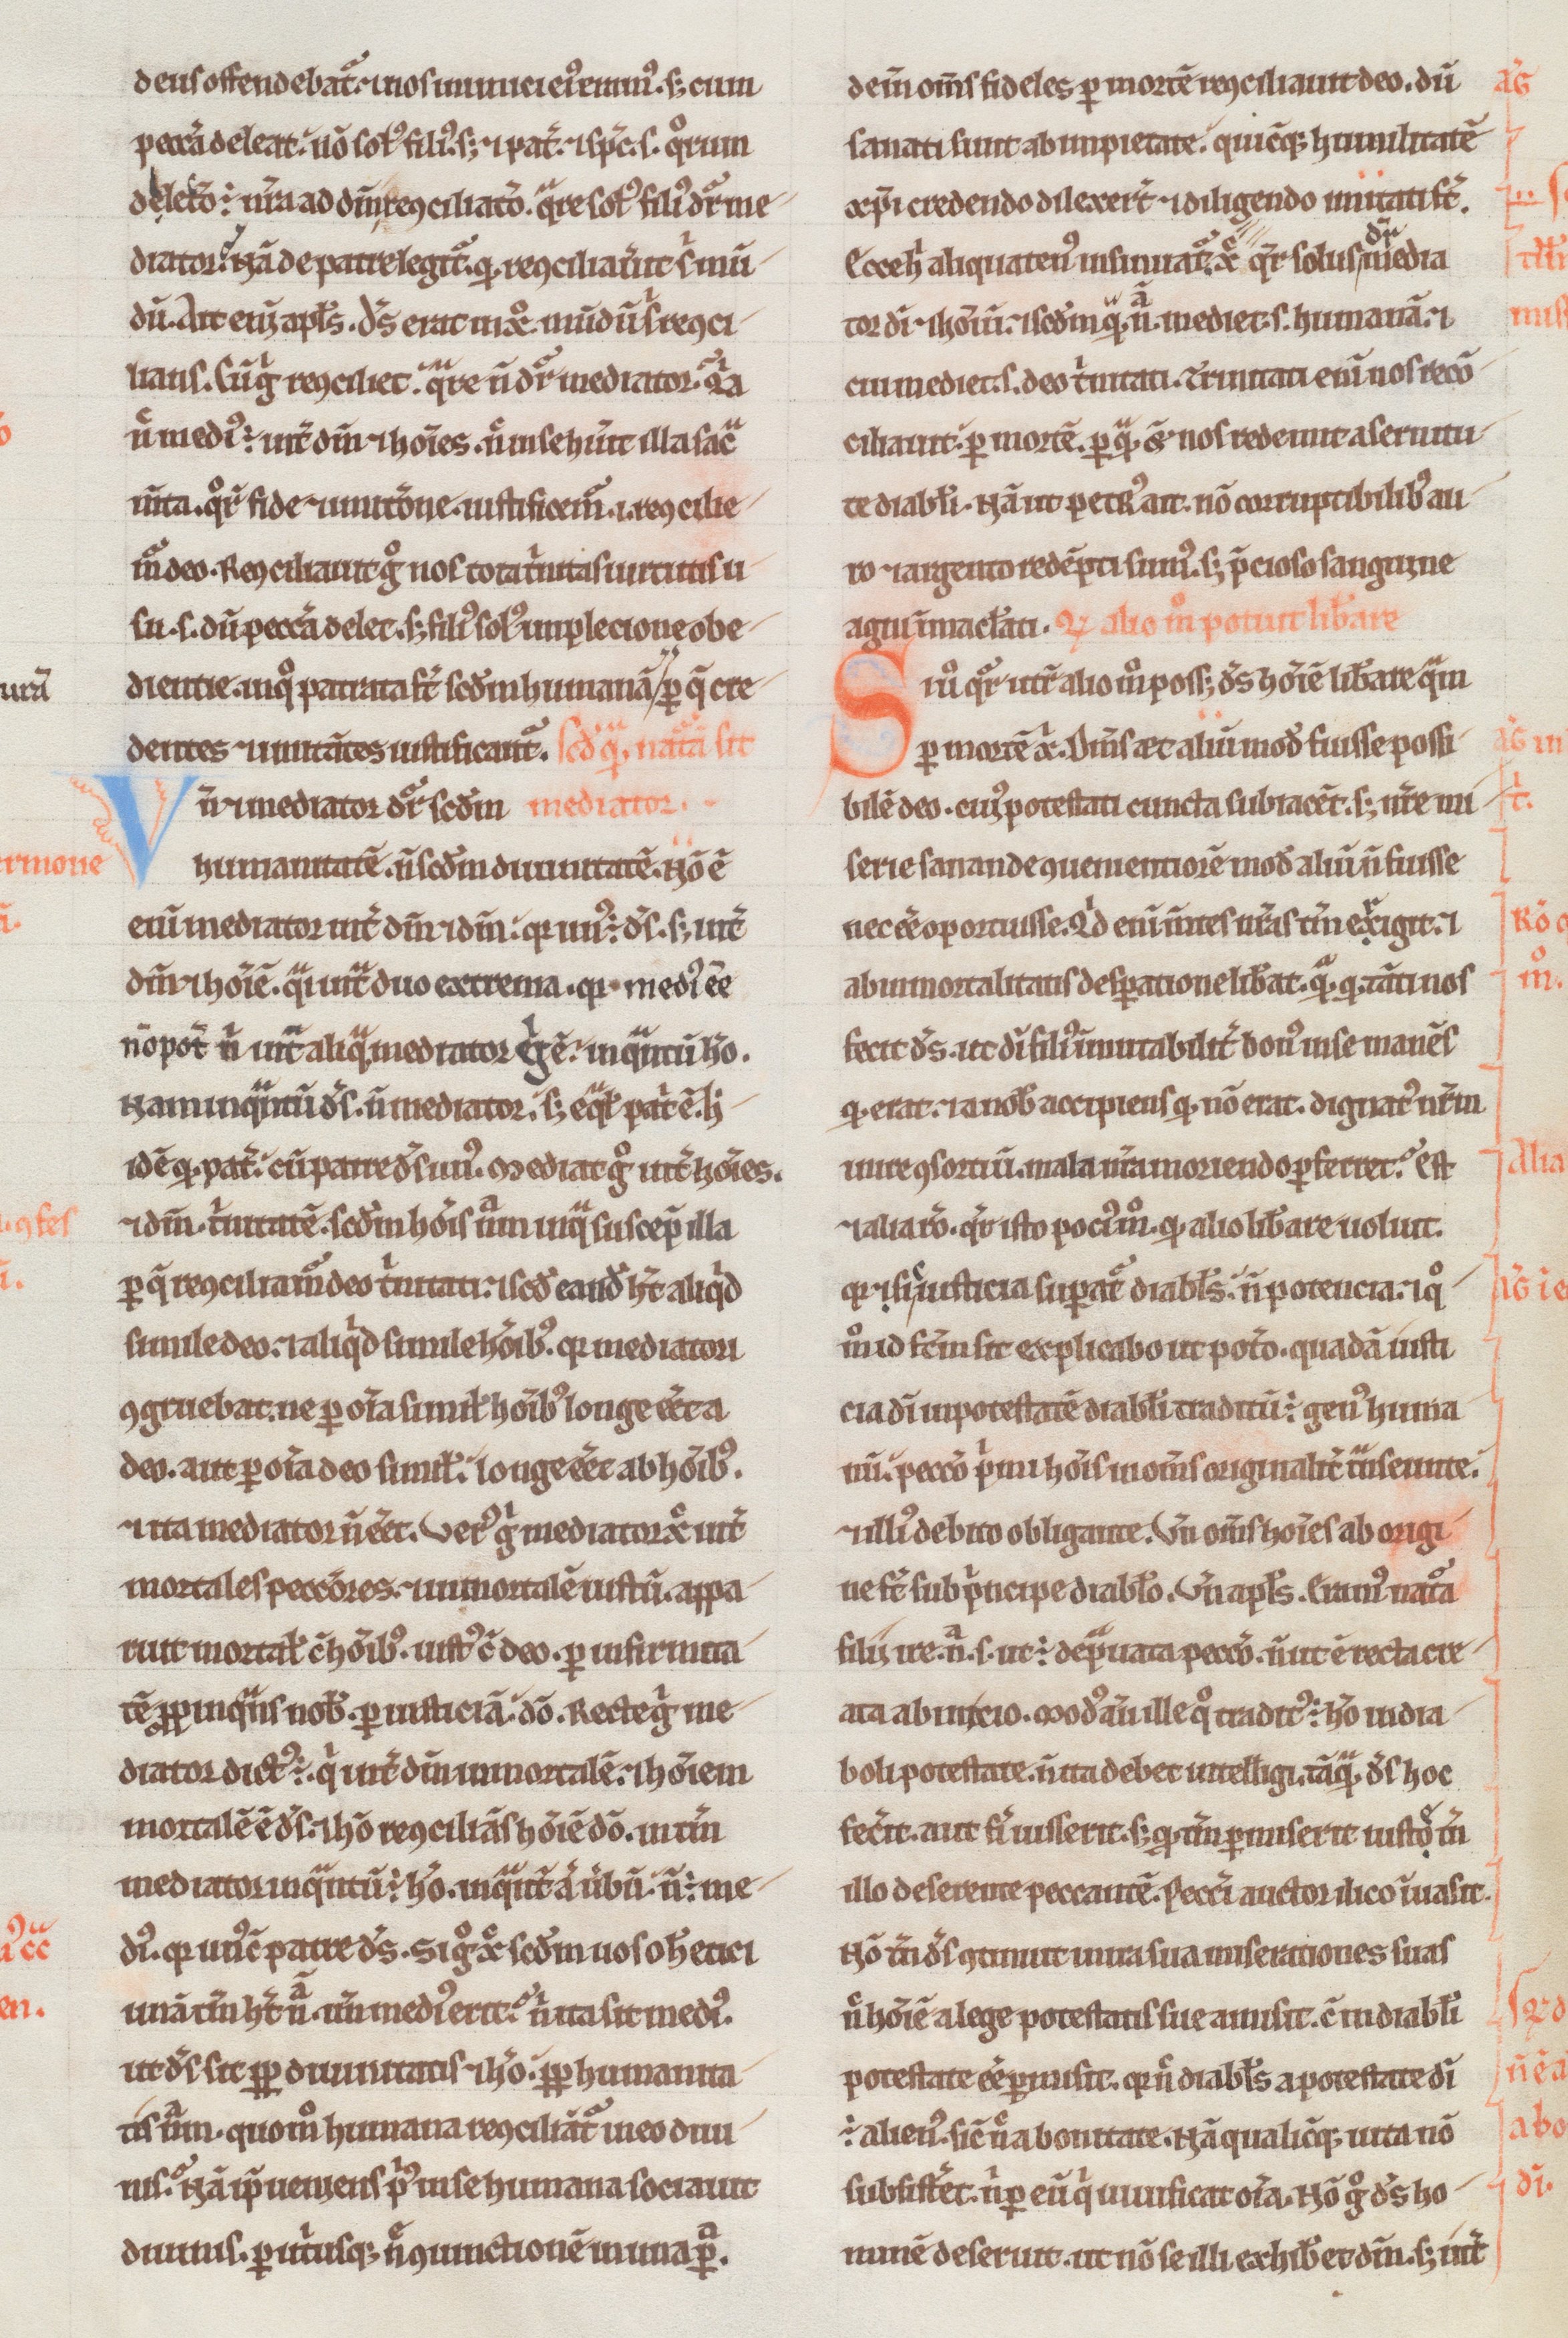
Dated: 1180–1190